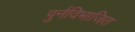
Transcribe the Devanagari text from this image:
पुर्नविभाजित